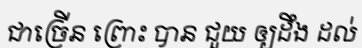
ជាច្រើន ព្រោះ បាន ជួយ ឲ្យដឹង ដល់